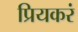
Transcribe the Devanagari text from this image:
प्रियकरं